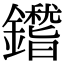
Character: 𨮺